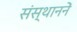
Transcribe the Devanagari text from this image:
संस्थाननें